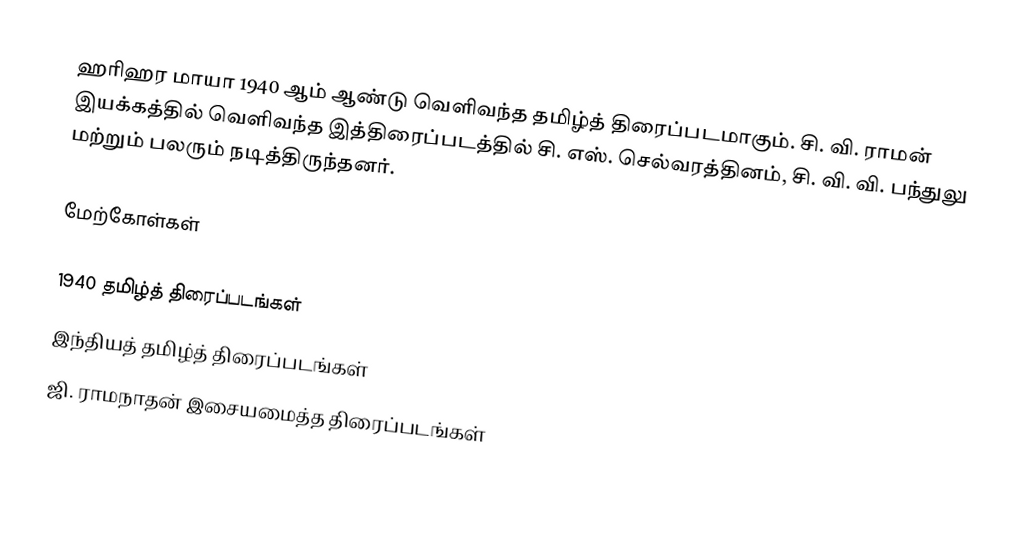
ஹரிஹர மாயா 1940 ஆம் ஆண்டு வெளிவந்த தமிழ்த் திரைப்படமாகும். சி. வி. ராமன் இயக்கத்தில் வெளிவந்த இத்திரைப்படத்தில் சி. எஸ். செல்வரத்தினம், சி. வி. வி. பந்துலு மற்றும் பலரும் நடித்திருந்தனர்.

மேற்கோள்கள்

1940 தமிழ்த் திரைப்படங்கள்
இந்தியத் தமிழ்த் திரைப்படங்கள்
ஜி. ராமநாதன் இசையமைத்த திரைப்படங்கள்